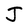
Character: J